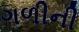
ગળીની